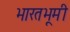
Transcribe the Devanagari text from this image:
भारतभूमी